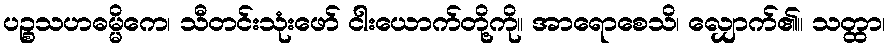
ပဉ္စသဟဓမ္မိကေ၊ သီတင်းသုံးဖော် ငါးယောက်တို့ကို။ အာရောစေသိ၊ လျှောက်၏။ သတ္ထာ၊